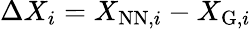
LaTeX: \Delta X_{i}=X_{\mathrm{NN},i}-X_{\mathrm{G},i}